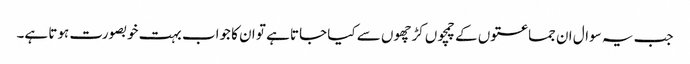
جب یہ سوال ان جماعتوں کے چمچوں کڑچھوں سے کیا جاتا ہے تو ان کا جواب بہت خوبصورت ہوتا ہے۔